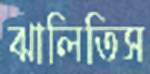
ঝালিতিস